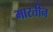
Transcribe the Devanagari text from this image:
मारतीन